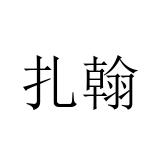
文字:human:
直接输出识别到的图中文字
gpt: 扎翰